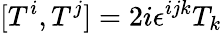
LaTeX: [T^{i},T^{j}]=2i\epsilon^{ijk}T_{k}